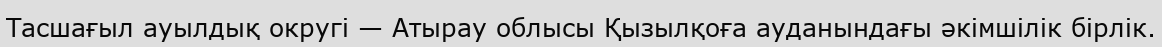
Тасшағыл ауылдық округі — Атырау облысы Қызылқоға ауданындағы әкімшілік бірлік.